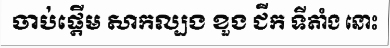
ចាប់ផ្តើម សាកល្បង ខួង ជីក ទីតាំង នោះ